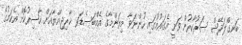
ބަނގްލަދޭޝް ސަރުކާރުން ވަނީ އެގައުމުގައި ހުންނަވާ މިޔަންމާގެ އެމްބަސެޑަރ ޚާރިޖިއްޔާއަށް ހާޟިރުކޮށް އެކަމުގެ